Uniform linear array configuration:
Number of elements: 24
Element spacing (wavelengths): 0.75
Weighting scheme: binomial
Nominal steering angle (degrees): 45
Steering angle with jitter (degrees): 44.352
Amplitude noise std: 0.05
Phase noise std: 0.05

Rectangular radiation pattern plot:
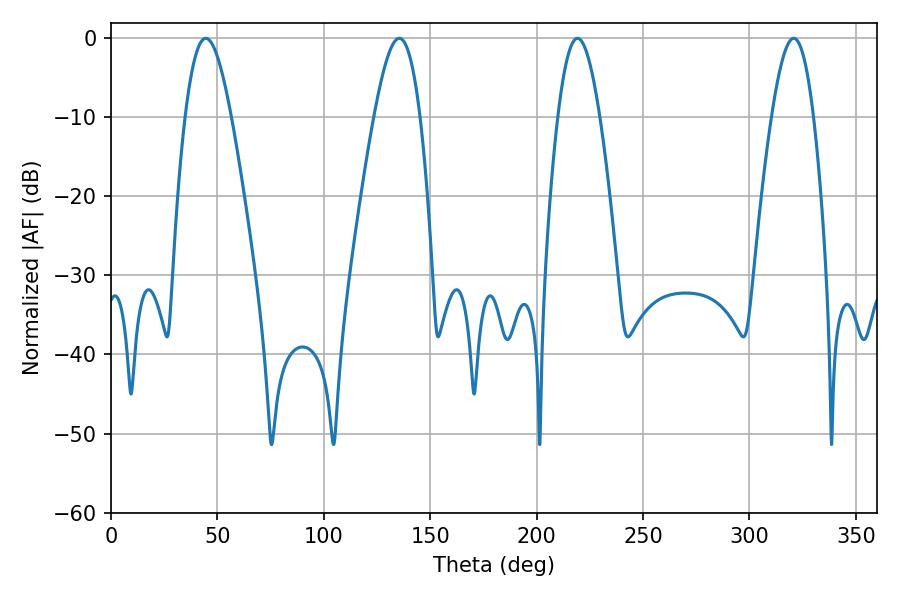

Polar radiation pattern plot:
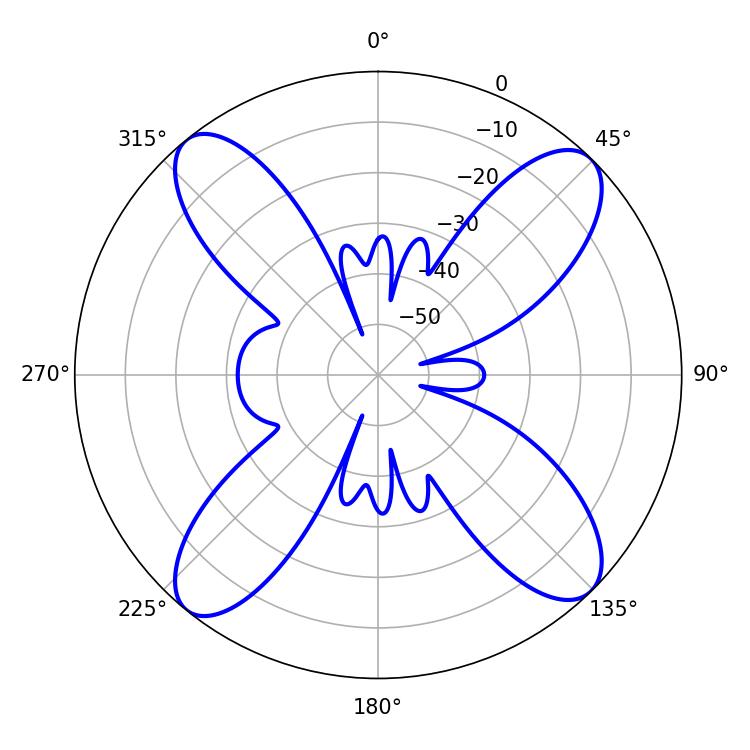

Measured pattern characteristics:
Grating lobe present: TRUE
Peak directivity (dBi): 15.495
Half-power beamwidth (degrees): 10.62
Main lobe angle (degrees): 219.24